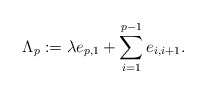
\begin{align*}\Lambda_p:=\lambda e_{p,1} +\sum_{i=1}^{p-1} e_{i,i+1}.\end{align*}